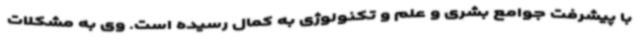
با پیشرفت جوامع بشری و علم و تکنولوژی به کمال رسیده است. وی به مشکلات